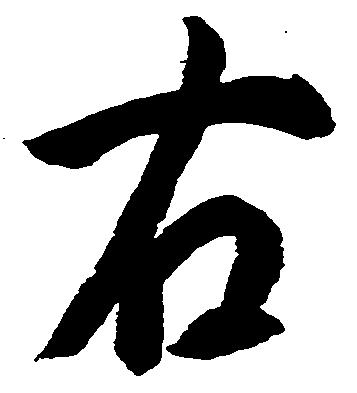
右